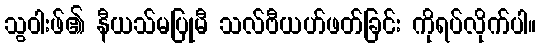
သွဝါးဖ်၏ နီယသ်မပြုမီ သလ်ဗီယဟ်ဖတ်ခြင်း ကိုရပ်လိုက်ပါ။